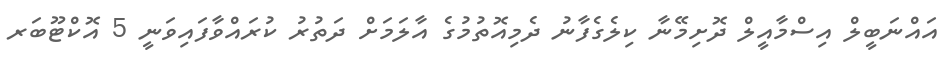
އައްނަބީލް އިސްމާއީލް ދޮށިމޭނާ ކިލެގެފާނު ދެމިއޮތުމުގެ އާލަމަށް ދަތުރު ކުރައްވާފައިވަނީ 5 އޮކްޓޫބަރ